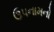
ઉપનામનો